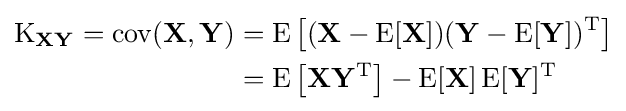
{\begin{aligned}\operatorname {K} _{\mathbf {X} \mathbf {Y} }=\operatorname {cov} (\mathbf {X} ,\mathbf {Y} )&=\operatorname {E} \left[(\mathbf {X} -\operatorname {E} [\mathbf {X} ])(\mathbf {Y} -\operatorname {E} [\mathbf {Y} ])^{\mathrm {T} }\right]\\&=\operatorname {E} \left[\mathbf {X} \mathbf {Y} ^{\mathrm {T} }\right]-\operatorname {E} [\mathbf {X} ]\operatorname {E} [\mathbf {Y} ]^{\mathrm {T} }\end{aligned}}